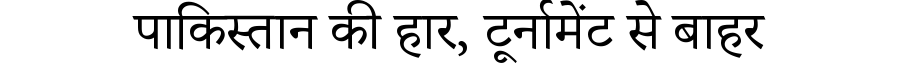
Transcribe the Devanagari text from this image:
पाकिस्तान की हार, टूर्नामेंट से बाहर